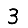
Digit: 3